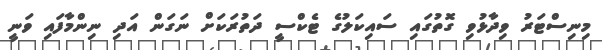
މިނިސްޓަރު ވިދާޅުވި ގޮތުގައި ސައިކަލުގެ ޓެކްސީ ދަތުރަކަށް ނަގަން އަދި ނިންމާފައި ވަނީ